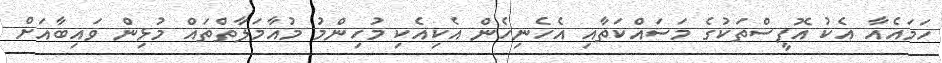
ހަމައެއާ އެކު އޮފީސްތަކުގެ މަސައްކަތާއި އެހެނިހެން އެކިއެކި މުހިންމު މުއާމަލާތްތައް މުޅިން ވައިބާއަށް